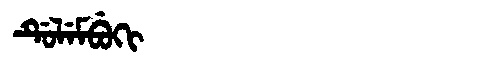
Manchu: ᡩᡠᠯᡝᠮᠪᡠᡴᡳ
Romanization: DULEMBUKI